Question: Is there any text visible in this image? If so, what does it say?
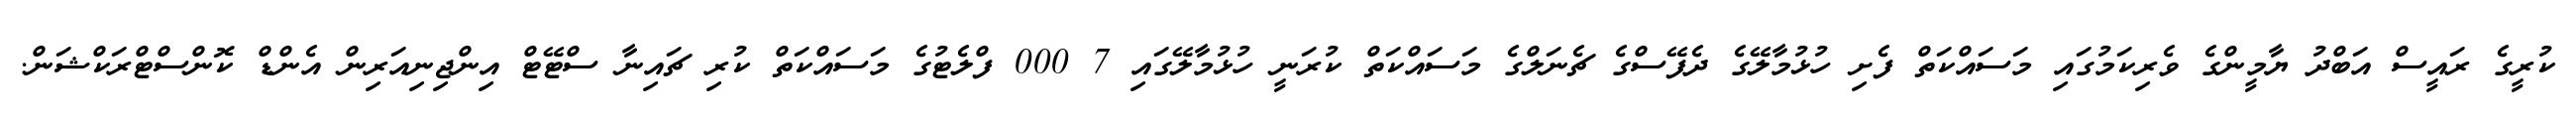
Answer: ކުރީގެ ރައީސް އަބްދު ޔާމީންގެ ވެރިކަމުގައި މަސައްކަތް ފެށި ހުޅުމާލޭގެ ދެފޭސްގެ ޗެނަލްގެ މަސައްކަތް ކުރަނީ ހުޅުމާލޭގައި 7 000 ފްލެޓުގެ މަސައްކަތް ކުރި ޗައިނާ ސްޓޭޓް އިންޖިނިއަރިން އެންޑް ކޮންސްޓްރަކްޝަން.